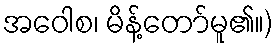
အဝေါစ၊ မိန့်တော်မူ၏။)